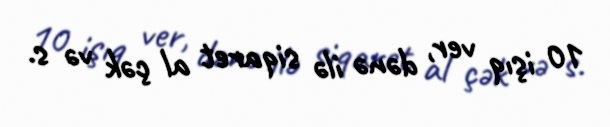
10 işıq ver, dənə ilə siqaret al çək və s.